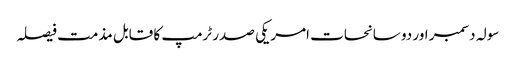
سولہ دسمبر اور دو سانحات	 امریکی صدر ٹرمپ کا قابل مذمت فیصلہ